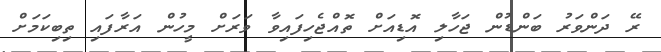
ރޭ ދަންވަރު ބަންޑުން ޖަހާލި އޮޑިއަށް ތޮއްޖެހިފައިވާ ވަރަށް މީހުން އަރާފައި ތިބިކަމަށް